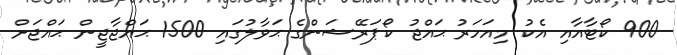
900 ކޯޓާއާއި އެކު މިއަހަރު ޙައްޖު ކޯޕަރޭޝަންގެ ޙަވާލުގައި 1500 ޙައްޖާޖީން ޙައްޖަށް